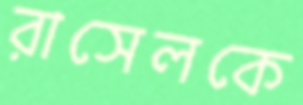
রাসেলকে